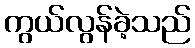
ကွယ်လွန်ခဲ့သည်